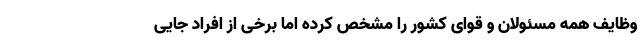
وظایف همه مسئولان و قوای کشور را مشخص کرده اما برخی از افراد جایی